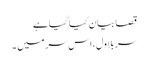
قصا بیان کیا گیا ہے
سر بلاول، اس سر میں ۔